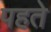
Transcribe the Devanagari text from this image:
पहते